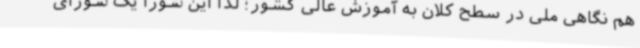
هم نگاهی ملی در سطح کلان به آموزش عالی کشور؛ لذا این شورا یک شورای